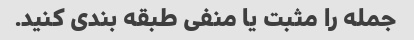
جمله را مثبت یا منفی طبقه بندی کنید.